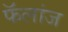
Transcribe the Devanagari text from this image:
फॅलांज